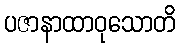
ပဇာနာထာဝုသောတိ